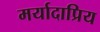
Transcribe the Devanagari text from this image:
मर्यादाप्रिय